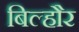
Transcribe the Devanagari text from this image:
बिल्‍हौर